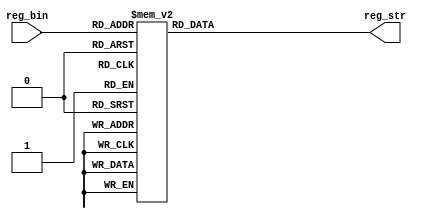
module DECODER_REG(input wire [4:0] reg_bin, output reg [63:0] reg_str);


always@(*)
		case(reg_bin[4:0])
			5'b00000: reg_str = "zero    ";
			5'b00001: reg_str = "ra      ";
			5'b00010: reg_str = "sp      ";
			5'b00011: reg_str = "gp      ";
			5'b00100: reg_str = "tp      ";
			5'b00101: reg_str = "t0      ";
			5'b00110: reg_str = "t1      ";
			5'b00111: reg_str = "t2      ";
			5'b01000: reg_str = "s0      ";
			5'b01001: reg_str = "s1      ";
			5'b01010: reg_str = "a0      ";
			5'b01011: reg_str = "a1      ";
			5'b01100: reg_str = "a2      ";
			5'b01101: reg_str = "a3      ";
			5'b01110: reg_str = "a4      ";
			5'b01111: reg_str = "a5      ";
			5'b10000: reg_str = "a6      ";
			5'b10001: reg_str = "a7      ";
			5'b10010: reg_str = "s2      ";
			5'b10011: reg_str = "s3      ";
			5'b10100: reg_str = "s4      ";
			5'b10101: reg_str = "s5      ";
			5'b10110: reg_str = "s6      ";
			5'b10111: reg_str = "s7      ";
			5'b10000: reg_str = "s8      ";
			5'b10001: reg_str = "s9      ";
			5'b10010: reg_str = "s10     ";
			5'b11011: reg_str = "s11     ";
			5'b11100: reg_str = "t3      ";
			5'b11101: reg_str = "t4      ";
			5'b11110: reg_str = "t5      ";
			5'b11111: reg_str = "t6      ";
			default: reg_str =  "error   ";
		endcase

endmodule